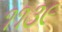
૧૧૩૯